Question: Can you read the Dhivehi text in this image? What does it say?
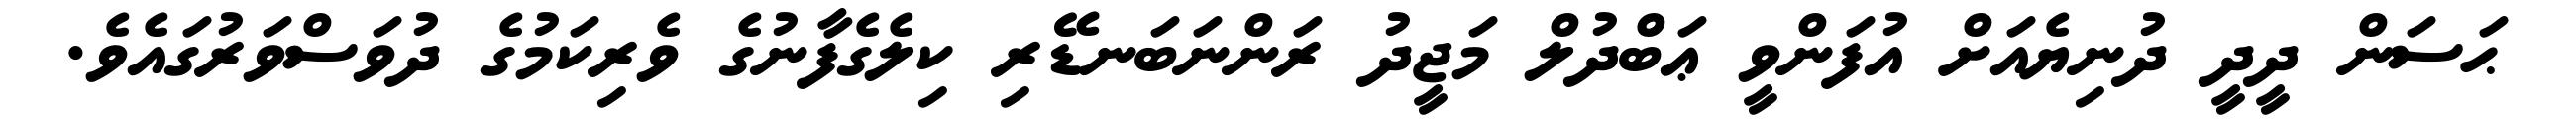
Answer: ޙަސަން ދީދީ ދުނިޔެއަށް އުފަންވީ ޢަބްދުލް މަޖީދު ރަންނަބަނޑޭރި ކިލެގެފާނުގެ ވެރިކަމުގެ ދުވަސްވަރުގައެވެ.